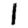
Digit: 1